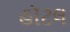
હૉટલ